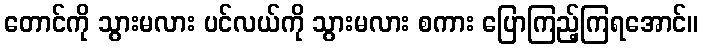
တောင်ကို သွားမလား ပင်လယ်ကို သွားမလား စကား ပြောကြည့်ကြရအောင်။